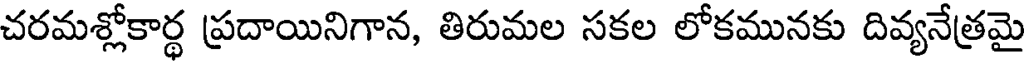
చరమశ్లోకార్థ ప్రదాయినిగాన, తిరుమల సకల లోకమునకు దివ్యనేత్రమై